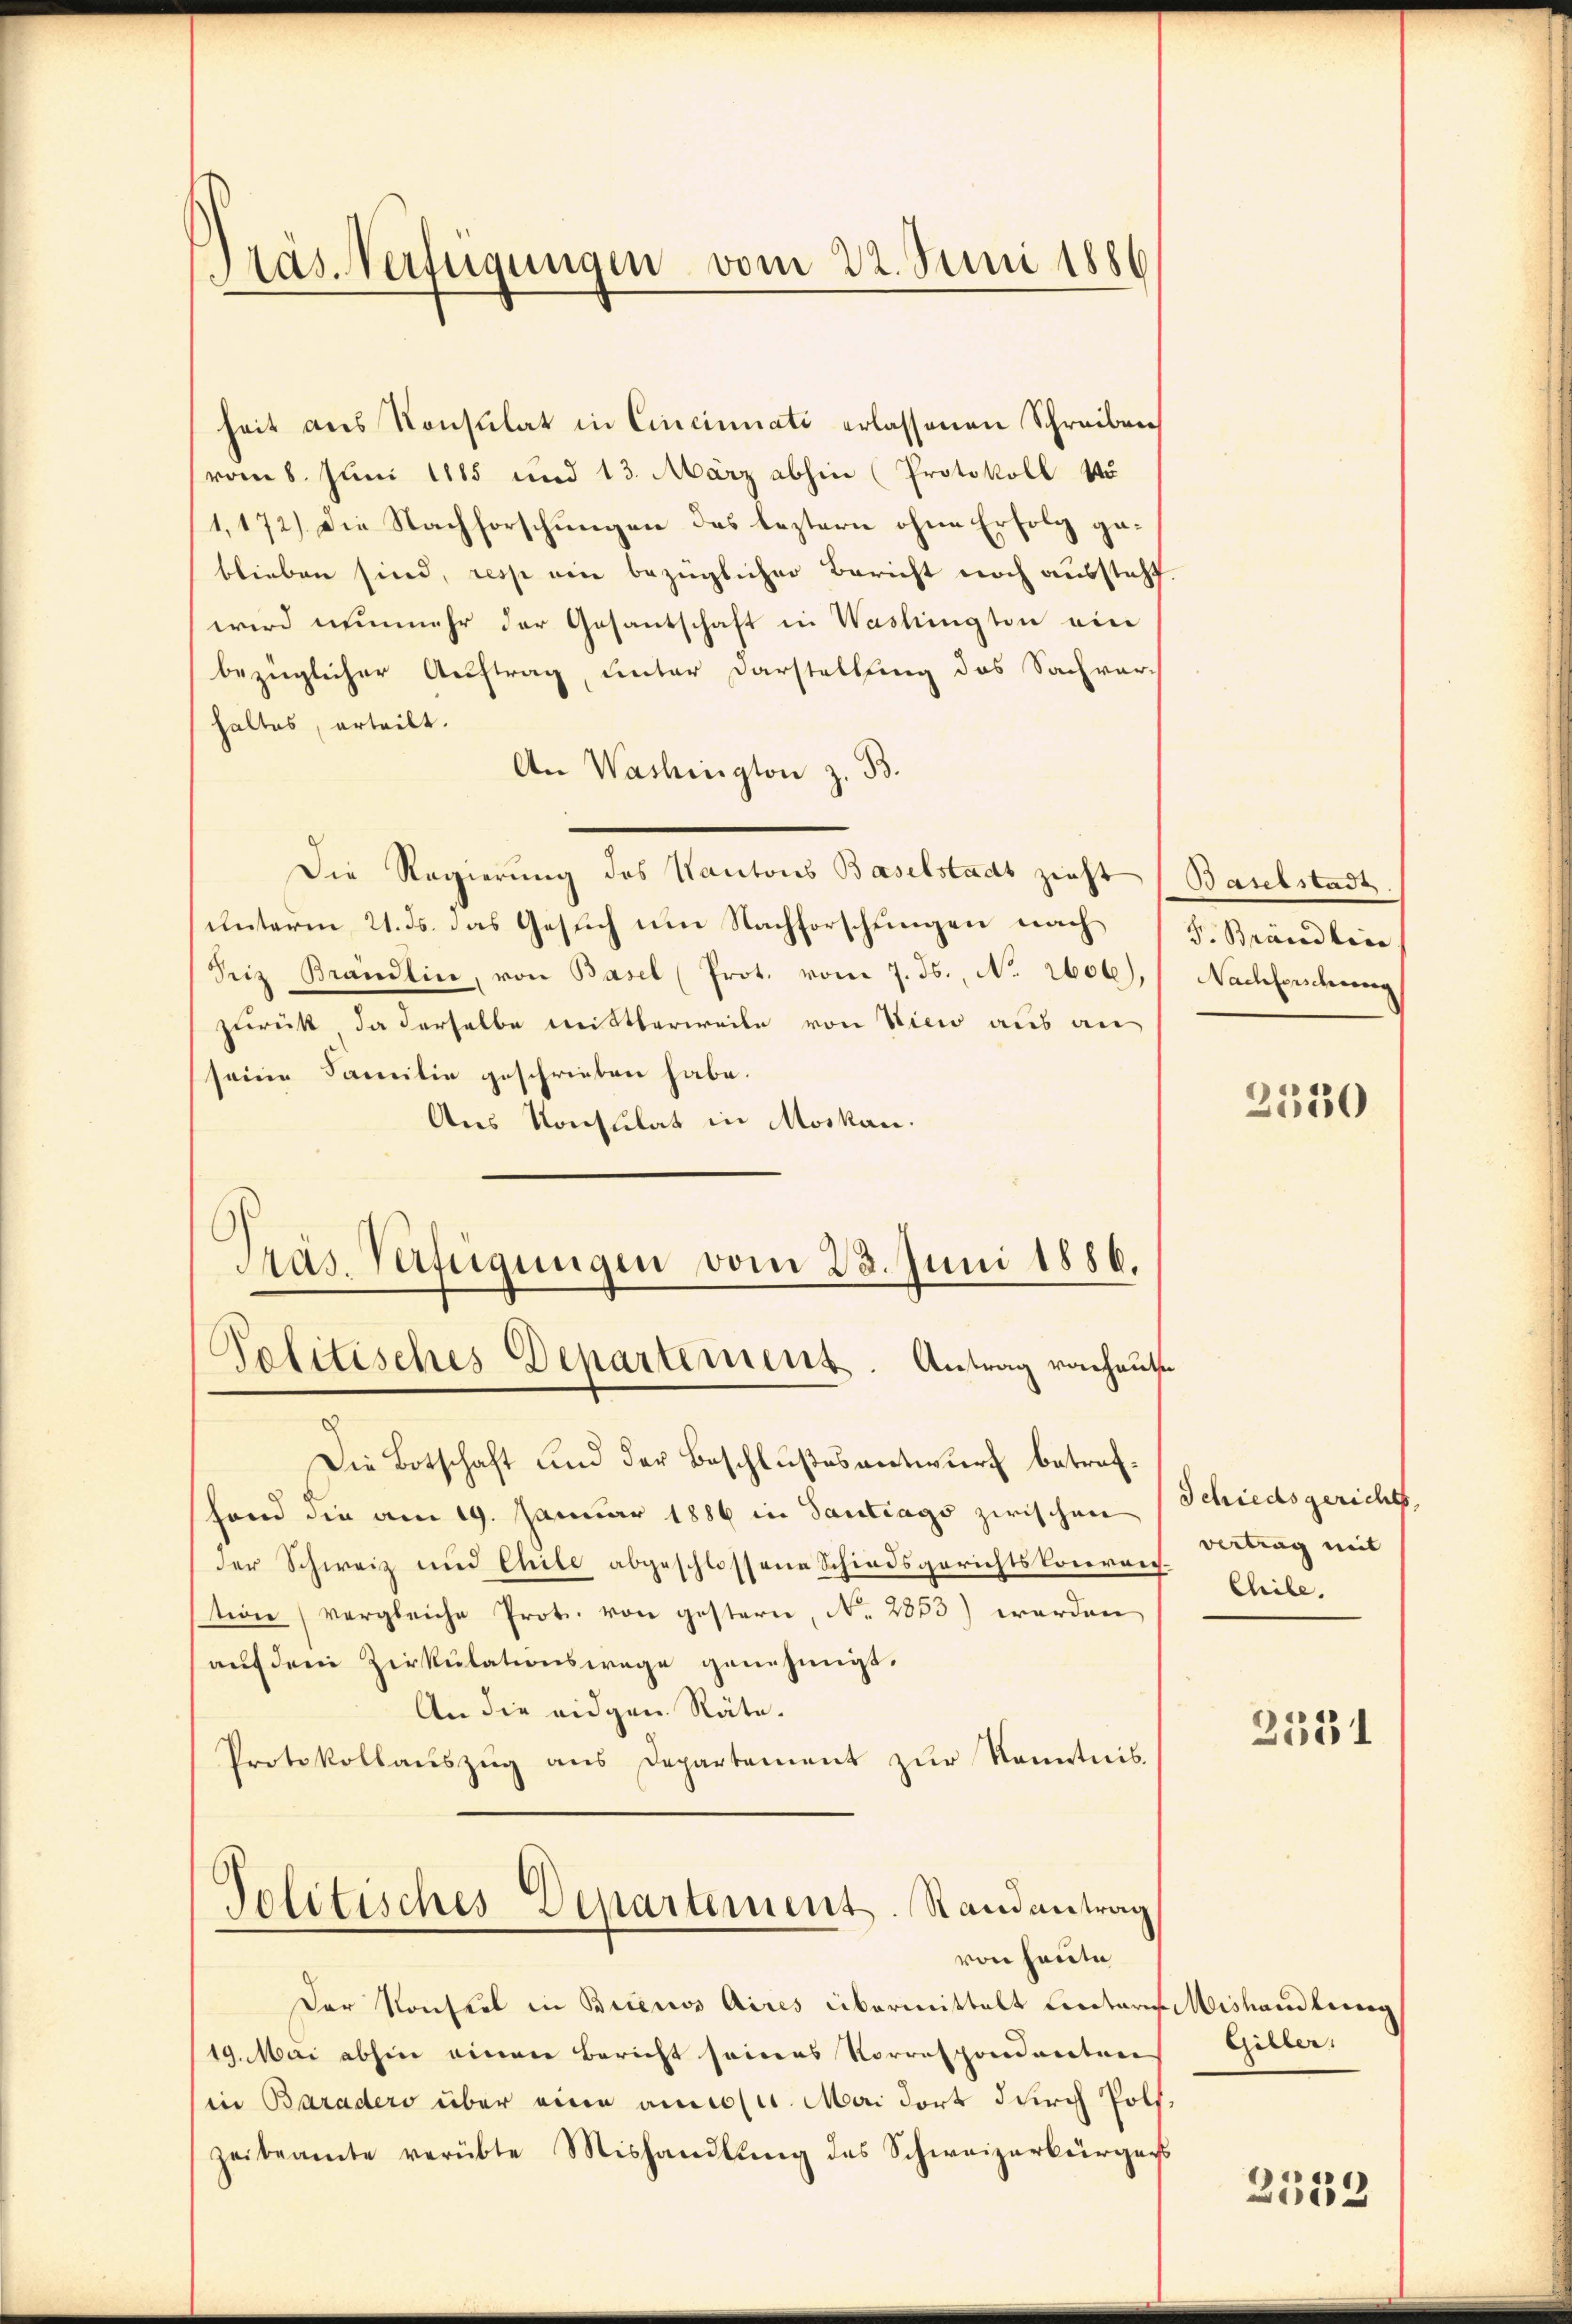
Präs. Verfügungen vom 22. Juni 1886

heit aus Konsulat in Cincinati erlassenen Schreiben
vom 8. Juni 1885 und 13. März abhin (Protokoll vo
1,172). Die Nachforschungen des leztern ohne Erfolg geblieben sind, ress ein bezüglicher Bericht noch aussteht.
wird nunmehr der Gesantschaft in Washingten ein
bezüglicher Auftrag, unter Darstellung des Sachver-
haltes, erteilt.
An Washington z. B.
Die Regierung des Kantons Baselstadt zieht (Baselstadt
unterm 21. ds. das Gesuch um Nachforschungen nach
Seiz Brändlin, von Basel (Prot. vom 7. ds., No. 2606),
zurück, da derselbe mittlerweile von Vice aus an
seine Familie geschrieben habe.
Aus Konsulat in Moskau
Pras. Verfügungen vom 23. Juni 1886.
Politisches Departement. Antrag vonheute
Die Botschaft und der Beschlußes antwurf betrefhand die am 19. Januar 1886 in Santrags zwischen
der Schweiz und Chile abgeschlossene Schiedsgerichtskonreichtion (vergleiche Prot. von gestern, No. 2853) werden
auf dem Zirkulationswege genehmigt.
An die eidgen. Räte.
Protokollaŭszŭg ans Departement zŭr Kenntnis
Politisches Departement. Randantrag
von heute
Der Konsuel in Buenos Aires übermittelt Lentaris Mishandlung
19. Mai abhin einen Bericht seines Vorrespondanten
in Baradero über eine amicli. Mai dort durch Polfzeibeamte verübte Mishandlŭng des Schweizerbürgers

F Brändlic
Nachforschung

2530

Schiedsgerichts,
vertrag mit
Chile.

2531

Gilber.

.
2